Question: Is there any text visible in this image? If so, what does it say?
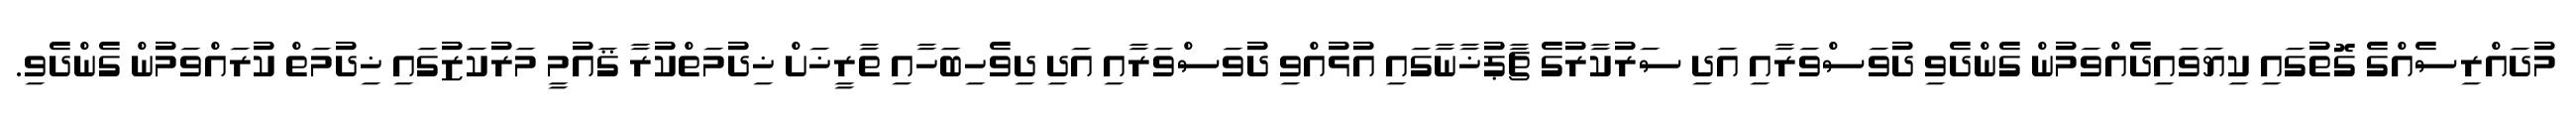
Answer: މުދައްރިސެއްގެ ގޮތުގައި ކިޔަވައިދެއްވަމުން ގެންދެވި ދުވަސްވަރާއި އަދި ސަރުކާރުގެ ޗާޕުޚާނާގައި އުޅުއްވި ދުވަސްވަރާއި އަދި ދިވެހިބަހާއި ތާރީޚަށް ޚިދުމަތްކުރާ ޤައުމީ މަރުކަޒުގައި ޚިދުމަތް ކުރައްވަމުން ގެންދެވި.